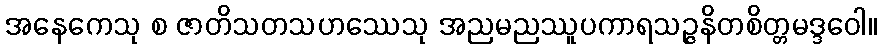
အနေကေသု စ ဇာတိသတသဟဿေသု အညမညဿူပကာရသဉ္ဇနိတစိတ္တမဒ္ဒဝေါ။